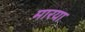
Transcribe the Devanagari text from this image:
मारया